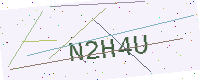
Text: N2H4U